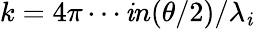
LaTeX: k=4\pi\cdots\mathit{i}n(\theta/2)/\lambda_{\mathit{i}}